Plague in India, 1896, 1897 - Volume 1
Year: 1896
Disease focus: Plague
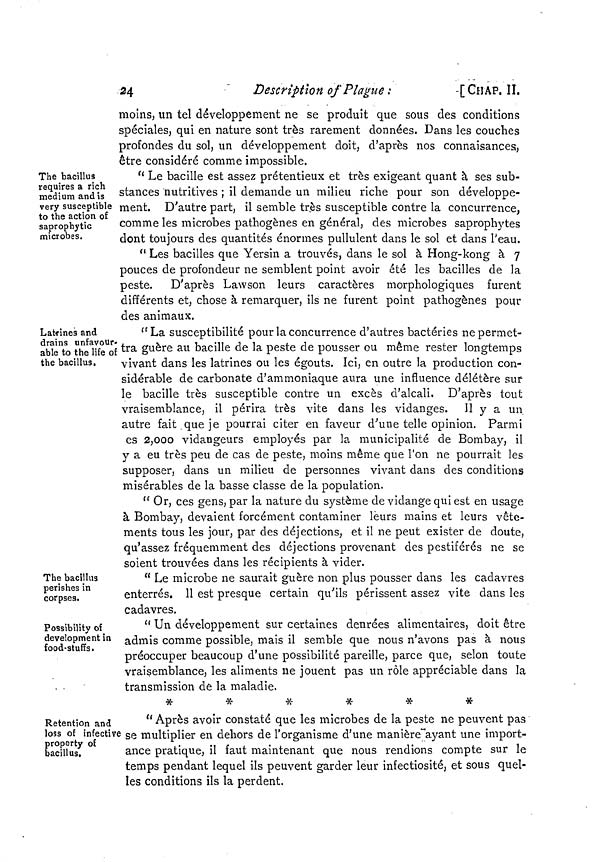
24
Description of Plague:
[CHAP. II.
moins, un tel développement ne se produit que sous des conditions
spéciales, qui en nature sont très rarement données. Dans les couches
profondes du sol, un développement doit, d'après nos connaisances,
être considéré comme impossible.
The bacillus
requires a rich
medium and is
very susceptible
to the action of
saprophytic
microbes.
" Le bacille est assez prétentieux et très exigeant quant à ses sub-
stances nutritives ; il demande un milieu riche pour son développe-
ment. D'autre part, il semble très susceptible contre la concurrence,
comme les microbes pathogènes en général, des microbes saprophytes
dont toujours des quantités énormes pullulent dans le sol et dans l'eau.
" Les bacilles que Yersin a trouvés, dans le sol à Hong-kong à 7
pouces de profondeur ne semblent point avoir été les bacilles de la
peste. D'après Lawson leurs caractères morphologiques furent
différents et, chose à remarquer, ils ne furent point pathogènes pour
des animaux.
Latrines and
drains unfavour-
able to the life of
the bacillus.
"La susceptibilité pour la concurrence d'autres bactéries ne permet-
tra guère au bacille de la peste de pousser ou même rester longtemps
vivant dans les latrines ou les égouts. Ici, en outre la production con-
sidérable de carbonate d'ammoniaque aura une influence délétère sur
le bacille très susceptible contre un excès d'alcali. D'après tout
vraisemblance, il périra très vite dans les vidanges. 11 y a un
autre fait que je pourrai citer en faveur d'une telle opinion. Parmi
es 2,000 vidangeurs employés par la municipalité de Bombay, il
y a eu très peu de cas de peste, moins même que l'on ne pourrait les
supposer, dans un milieu de personnes vivant dans des conditions
misérables de la basse classe de la population.
" Or, ces gens, par la nature du système de vidange qui est en usage
à Bombay, devaient forcément contaminer leurs mains et leurs vête-
ments tous les jour, par des déjections, et il ne peut exister de doute,
qu'assez fréquemment des déjections provenant des pestiférés ne se
soient trouvées dans les récipients à vider.
The bacillus
perishes in
corpses.
" Le microbe ne saurait guère non plus pousser dans les cadavres
enterrés. 11 est presque certain qu'ils périssent assez vite dans les
cadavres.
Possibility of
development in
food-stuffs.
" Un développement sur certaines denrées alimentaires, doit être
admis comme possible, mais il semble que nous n'avons pas à nous
préoccuper beaucoup d'une possibilité pareille, parce que, selon toute
vraisemblance, les aliments ne jouent pas un rôle appréciable dans la
transmission de la maladie.
*
*
*
*
*
*
Rétention and
loss of infective
property of
bacillus.
" Après avoir constaté que les microbes de la peste ne peuvent pas
se multiplier en dehors de l'organisme d'une manière ayant une import-
ance pratique, il faut maintenant que nous rendions compte sur le
temps pendant lequel ils peuvent garder leur infectiosité, et sous quel-
les conditions ils la perdent.